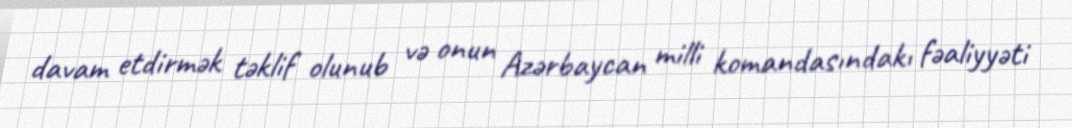
davam etdirmək təklif olunub və onun Azərbaycan milli komandasındakı fəaliyyəti